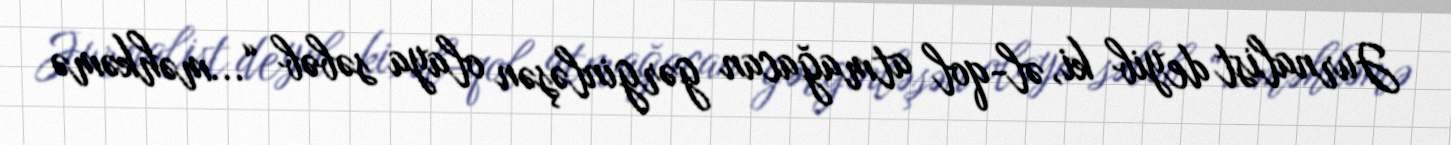
Jurnalist deyib ki, əl-qol atmağacan gərginləşən olaya səbəb “...məhkəmə